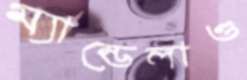
ম্যান্ডেলাও